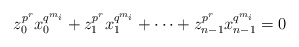
\begin{align*}z_0^{p^r}x_0^{q^{m_i}}+z_1^{p^r}x_1^{q^{m_i}}+\cdots+z_{n-1}^{p^r}x_{n-1}^{q^{m_i}}=0\end{align*}